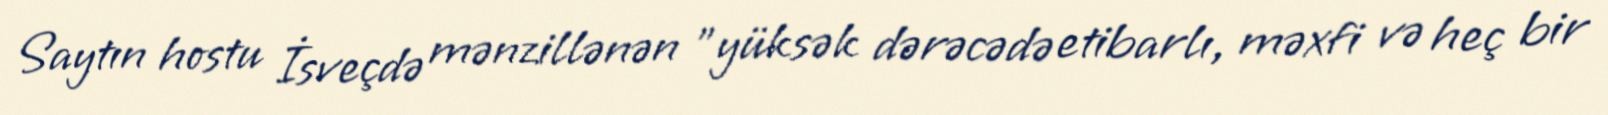
Saytın hostu İsveçdə mənzillənən "yüksək dərəcədə etibarlı, məxfi və heç bir